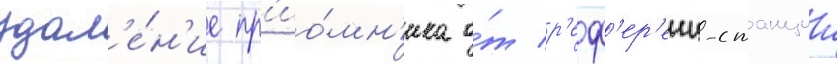
удал'е́н'ие пр'ио́мн'ика о́т р'еф'ер'енц-станции